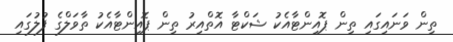
ތިން ވަނައިގައި ތިން ޕޮއިންޓާއެކު ޝަކްޓާ އޮތްއިރު ތިން ޕޮއިންޓާއެކު ތާވަލްގެ ފުލުގައި